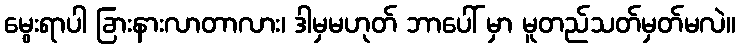
မွေးရာပါ ခြားနားလာတာလား၊ ဒါမှမဟုတ် ဘာပေါ် မှာ မူတည်သတ်မှတ်မလဲ။